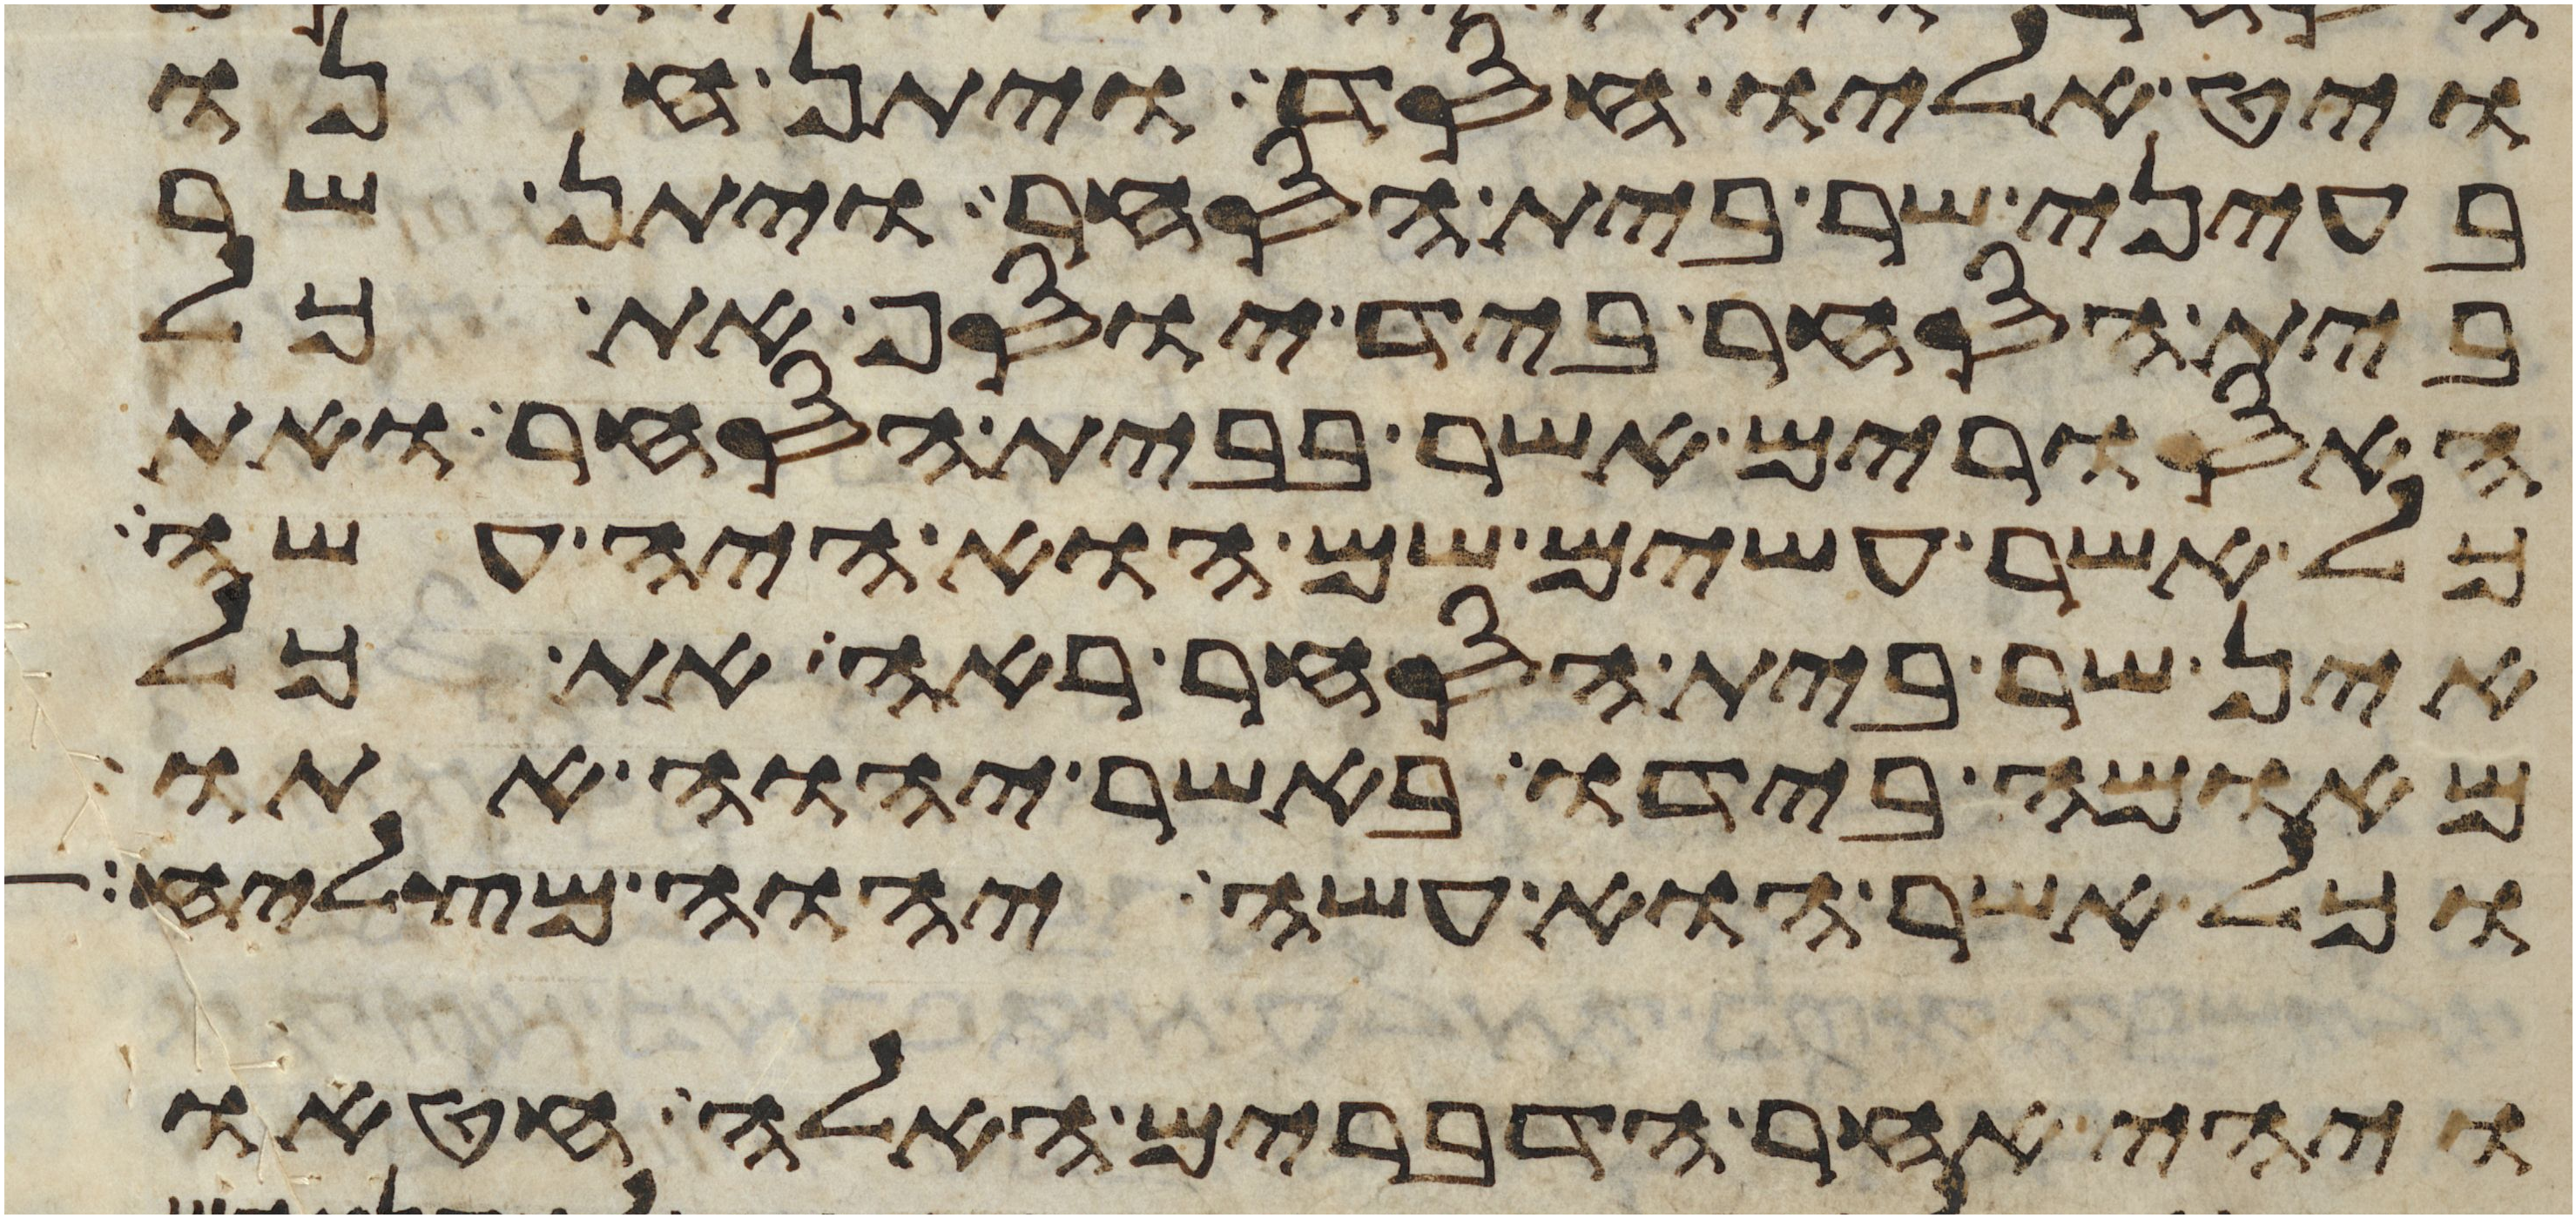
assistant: ויט אליו חסד ויתן חנו
בעיני שר בית הסחר ויתן שר
בית הסחר ביד יוסף את כל
האסורים אשר בבית הסחר ואת
כל אשר עשים שם הוא היה עשה
אין שר בית הסחר ראה את כל
מאומה בידו באשר יהוה אתו
וכל אשר הוא עשה יהוה מצליח
ויהי אחר הדברים האלה חטאו